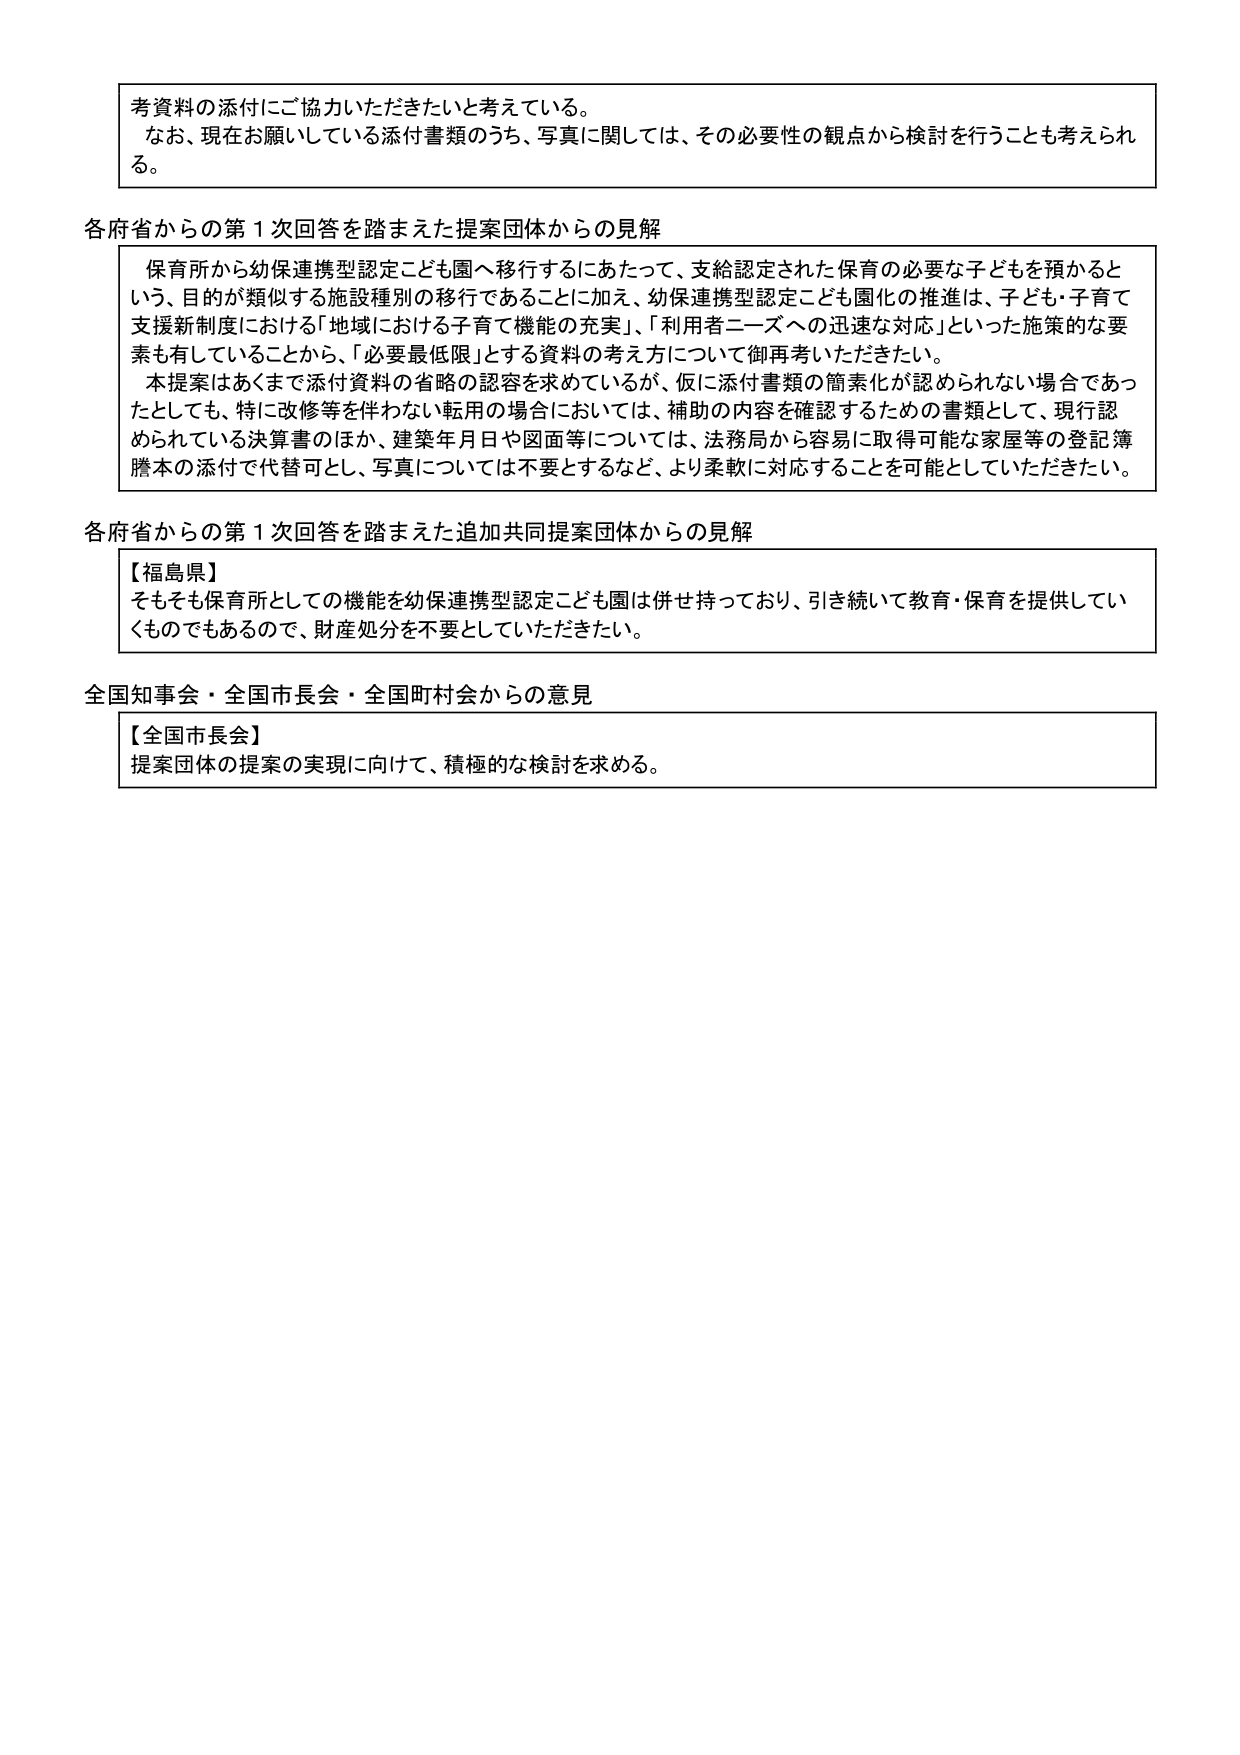
考資料の添付にご協力いただきたいと考えている。
なお、現在お願いしている添付書類のうち、写真に関しては、その必要性の観点から検討を行うことも考えられる。

各府省からの第１次回答を踏まえた提案団体からの見解
保育所から幼保連携型認定こども園へ移行するにあたって、支給認定された保育の必要な子どもを預かるという、目的が類似する施設種別の移行であることに加え、幼保連携型認定こども園化の推進は、子ども・子育て支援新制度における「地域における子育て機能の充実」、「利用者ニーズへの迅速な対応」といった施策的な要素も有していることから、「必要最低限」とする資料の考え方について御再考いただきたい。
本提案はあくまで添付資料の省略の認容を求めているが、仮に添付書類の簡素化が認められない場合であったとしても、特に改修等を伴わない転用の場合においては、補助の内容を確認するための書類として、現行認められている決算書のほか、建築年月日や図面等については、法務局から容易に取得可能な家屋等の登記簿謄本の添付で代替可とし、写真については不要とするなど、より柔軟に対応することを可能としていただきたい。

各府省からの第１次回答を踏まえた追加共同提案団体からの見解
【福島県】
そもそも保育所としての機能を幼保連携型認定こども園は併せ持っており、引き続いて教育・保育を提供していくものでもあるので、財産処分を不要としていただきたい。

全国知事会・全国市長会・全国町村会からの意見
【全国市長会】
提案団体の提案の実現に向けて、積極的な検討を求める。